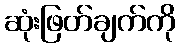
ဆုံးဖြတ်ချက်ကို